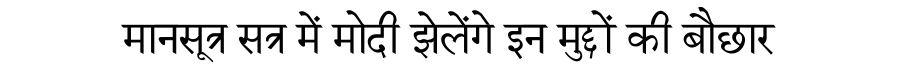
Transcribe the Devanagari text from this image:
मानसूत्र सत्र में मोदी झेलेंगे इन मुद्दों की बौछार